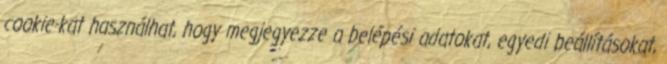
cookie-kat használhat, hogy megjegyezze a belépési adatokat, egyedi beállításokat,